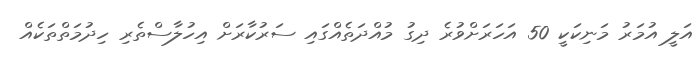
އަލީ އުމަރު މަނިކަކީ 50 އަހަރަށްވުރެ ދިގު މުއްދަތެއްގައި ސަރުކާރަށް އިހުލާސްތެރި ހިދުމަތްތަކެއް